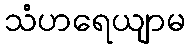
သံဟရေယျာမ